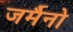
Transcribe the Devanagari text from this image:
जर्मैनो